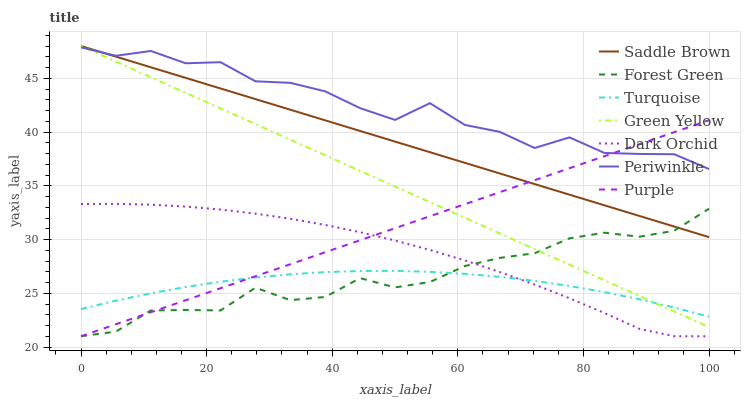
| xaxis_label | Saddle Brown | Forest Green | Turquoise | Green Yellow | Dark Orchid | Periwinkle | Purple |
 | --- | --- | --- | --- | --- | --- | --- | --- |
 | 0 | 48 | 21 | 23.5 | 48 | 33.3 | 47.9 | 21 |
 | 5.56 | 47 | 21.4 | 24.3 | 46.5 | 33.3 | 47.1 | 22.1 |
 | 11.1 | 46 | 23.4 | 25 | 45.1 | 33.2 | 47.5 | 23.2 |
 | 16.7 | 45 | 23.4 | 25.6 | 43.6 | 33.1 | 46.4 | 24.3 |
 | 22.2 | 44 | 23.4 | 26.1 | 42.2 | 32.8 | 46.5 | 25.5 |
 | 27.8 | 43.1 | 25.5 | 26.5 | 40.7 | 32.4 | 44.7 | 26.6 |
 | 33.3 | 42.1 | 24.4 | 26.8 | 39.3 | 31.9 | 44.6 | 27.7 |
 | 38.9 | 41.1 | 24.7 | 27 | 37.8 | 31.4 | 43.8 | 28.8 |
 | 44.4 | 40.1 | 26.4 | 27.1 | 36.4 | 30.7 | 42.2 | 29.9 |
 | 50 | 39.1 | 25.5 | 27.1 | 34.9 | 29.9 | 41.1 | 31 |
 | 55.6 | 38.1 | 26 | 27 | 33.5 | 29 | 42.7 | 32.2 |
 | 61.1 | 37.1 | 27.5 | 26.8 | 32 | 28.1 | 40.7 | 33.3 |
 | 66.7 | 36.1 | 28.3 | 26.5 | 30.6 | 27 | 40 | 34.4 |
 | 72.2 | 35.2 | 28.7 | 26.2 | 29.1 | 25.8 | 38.5 | 35.5 |
 | 77.8 | 34.2 | 30.1 | 25.7 | 27.7 | 24.5 | 39.5 | 36.6 |
 | 83.3 | 33.2 | 30.6 | 25.1 | 26.2 | 23.2 | 38.1 | 37.7 |
 | 88.9 | 32.2 | 30.3 | 24.4 | 24.8 | 21.7 | 38 | 38.9 |
 | 94.4 | 31.2 | 30.8 | 23.7 | 23.3 | 21 | 37.9 | 40 |
 | 100 | 30.2 | 32.9 | 22.8 | 21.9 | 21 | 36.5 | 41.1 |